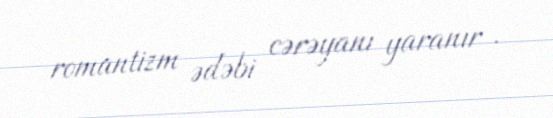
romantizm ədəbi cərəyanı yaranır .